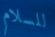
للسلام